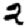
Digit: 2